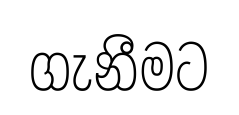
ගැනීමට